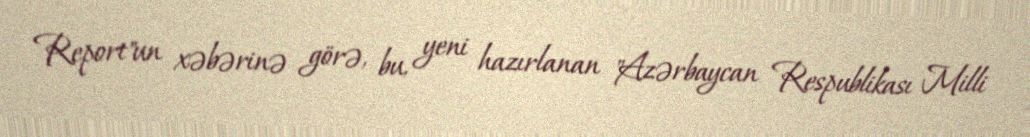
Report"un xəbərinə görə, bu, yeni hazırlanan "Azərbaycan Respublikası Milli